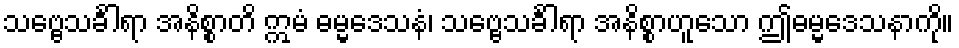
သဗ္ဗေသင်္ခါရာ အနိစ္စာတိ ဣမံ ဓမ္မဒေသနံ၊ သဗ္ဗေသင်္ခါရာ အနိစ္စာဟူသော ဤဓမ္မဒေသနာကို။